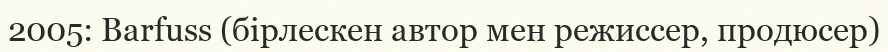
2005: Barfuss (бірлескен автор мен режиссер, продюсер)